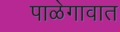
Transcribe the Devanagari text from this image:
पाळेगावात